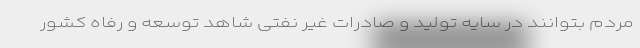
مردم بتوانند در سایه تولید و صادرات غیر نفتی شاهد توسعه و رفاه کشور